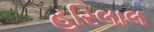
હરિલાલ